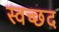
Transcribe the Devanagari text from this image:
स्वच्छद